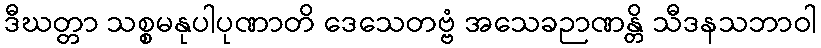
ဒီဃတ္တာ သစ္စမနုပါပုဏာတိ ဒေသေတဗ္ဗံ အသေခဉာဏန္တိ သီဒနသဘာဝါ